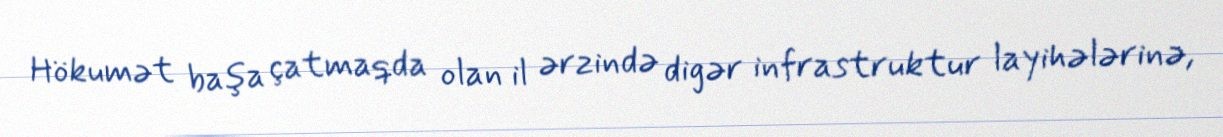
Hökumət başa çatmaqda olan il ərzində digər infrastruktur layihələrinə,